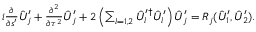
\begin{array} { r } { i \frac { \partial } { \partial s ^ { \prime } } \hat { U } _ { j } ^ { \prime } + \frac { \partial ^ { 2 } } { \partial \tau ^ { 2 } } \hat { U } _ { j } ^ { \prime } + 2 \left( \sum _ { l = 1 , 2 } \hat { U } _ { l } ^ { \prime \dag } \hat { U } _ { l } ^ { \prime } \right) \hat { U } _ { j } ^ { \prime } = R _ { j } ( \hat { U } _ { 1 } ^ { \prime } , \hat { U } _ { 2 } ^ { \prime } ) . } \end{array}